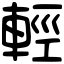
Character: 輕